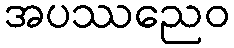
အပဿညေဝ